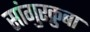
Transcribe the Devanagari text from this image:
सांगुरक्रुबा